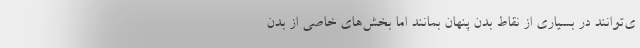
ی‌توانند در بسیاری از نقاط بدن پنهان بمانند اما بخش‌های خاصی از بدن